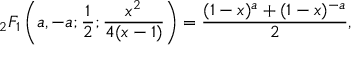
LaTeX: { } _ { 2 } F _ { 1 } \left( a , - a ; { \frac { 1 } { 2 } } ; { \frac { x ^ { 2 } } { 4 ( x - 1 ) } } \right) = { \frac { ( 1 - x ) ^ { a } + ( 1 - x ) ^ { - a } } { 2 } } ,